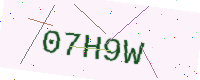
Text: 07H9W